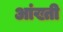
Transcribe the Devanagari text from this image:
आंख्ती